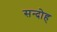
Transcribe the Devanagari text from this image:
सन्दोह